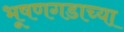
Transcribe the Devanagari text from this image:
भूषणगडाच्या